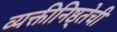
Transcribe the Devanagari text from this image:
व्यक्तीनिष्ठ्तेची